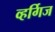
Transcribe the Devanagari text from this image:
व्हर्गिज